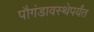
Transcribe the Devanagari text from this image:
पौगंडावस्थेपर्यंत